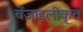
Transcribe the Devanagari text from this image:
बेंजाइलीकृत